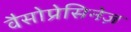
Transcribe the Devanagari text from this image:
वैसोप्रेसिनेज़